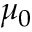
\mu _ { 0 }